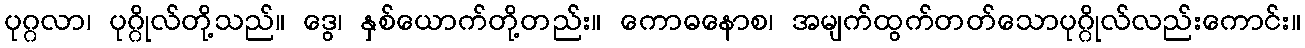
ပုဂ္ဂလာ၊ ပုဂ္ဂိုလ်တို့သည်။ ဒွေ၊ နှစ်ယောက်တို့တည်း။ ကောဓနောစ၊ အမျက်ထွက်တတ်သောပုဂ္ဂိုလ်လည်းကောင်း။